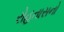
રોહતાસનો